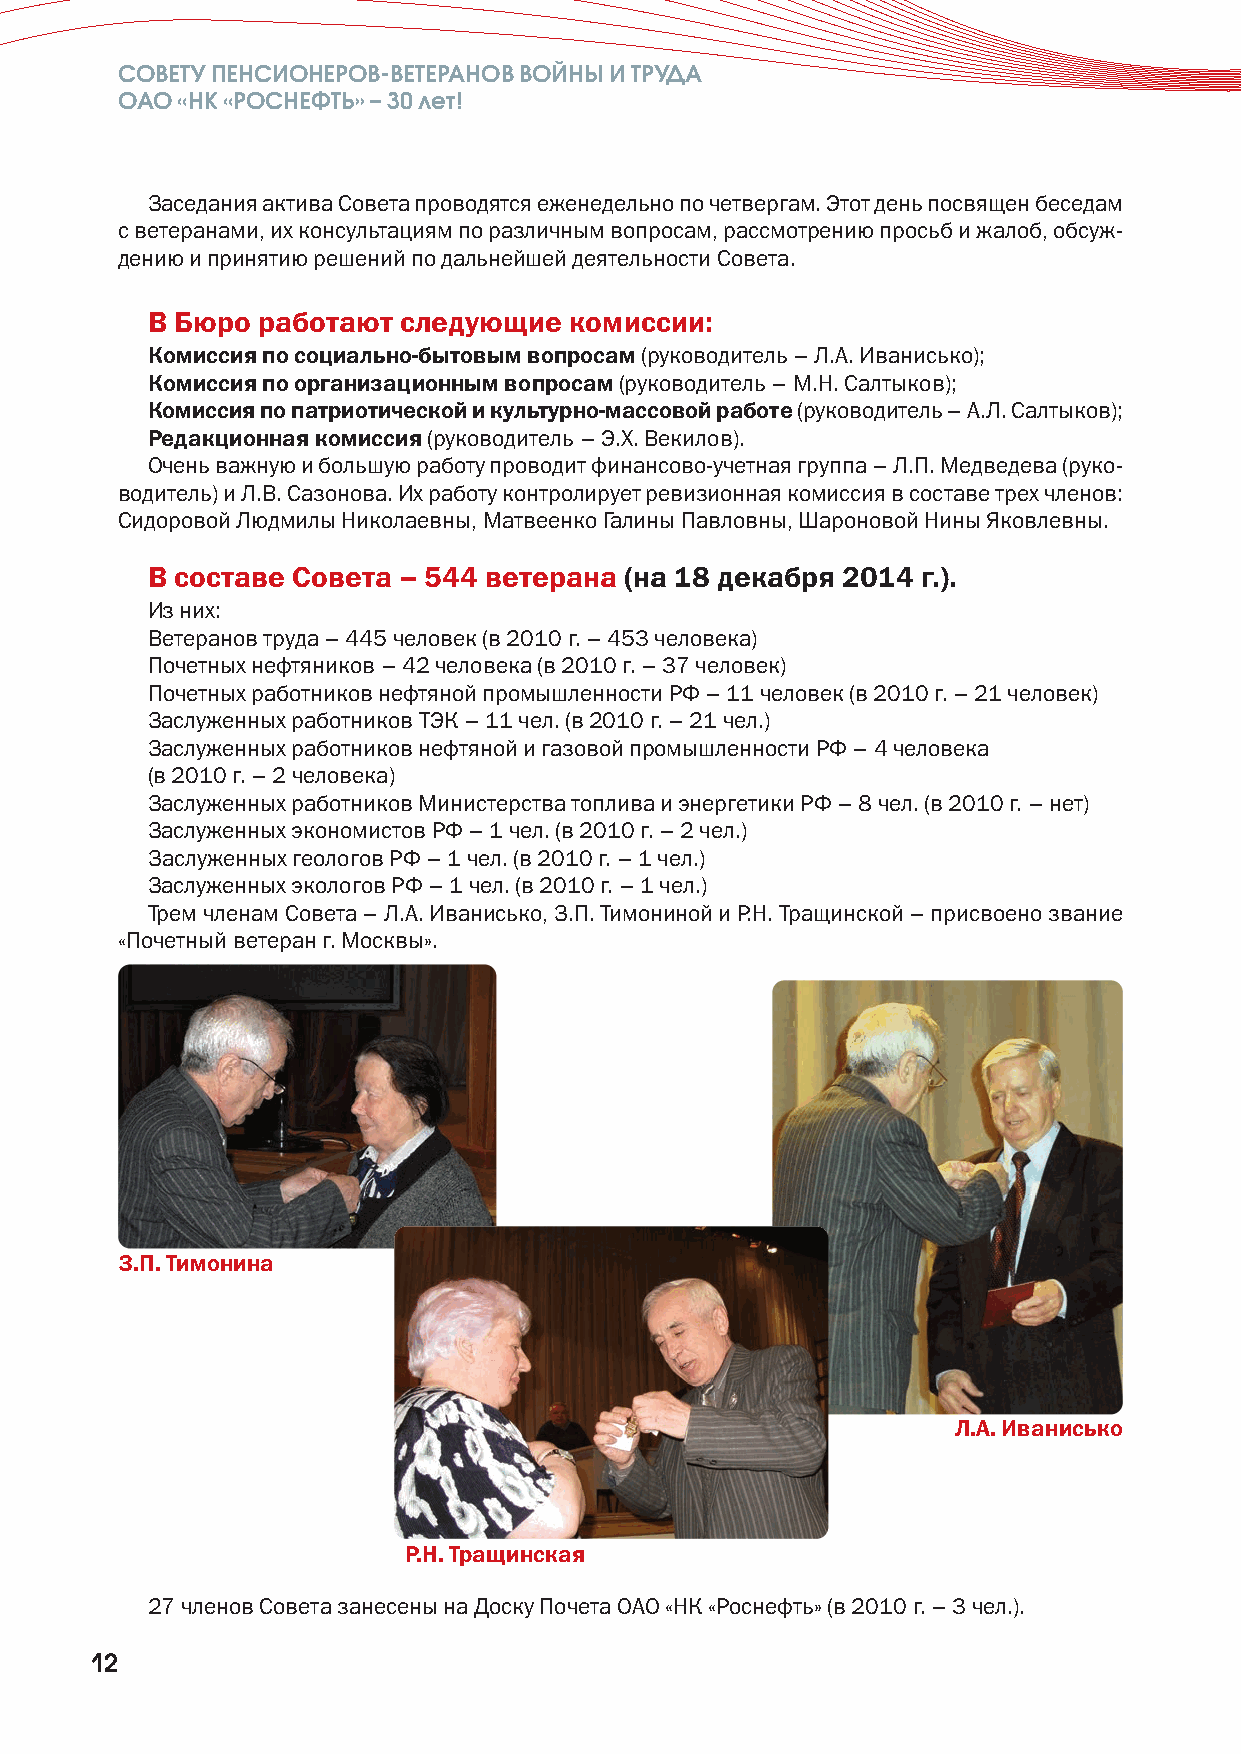
СОВЕТУ ПЕНСИОНЕРОВ-ВЕТЕРАНОВ ВОЙНЫ И ТРУДА
 ОАО «НК «РОСНЕФТЬ» –30 лет!
 Заседания актива Совета проводятся еженедельно по четвергам. Этот день посвящен беседам
 с ветеранами, их консультациям по различным вопросам, рассмотрению просьб и жалоб, обсуж-
 дению и принятию решений по дальнейшей деятельности Совета.
 В Бюро работают следующие   комиссии:
 Комиссия по социально-бытовым вопросам (руководитель – Л.А. Иванисько);
 Комиссия по организационным вопросам (руководитель – М.Н. Салтыков);
 Комиссия по патриотической и культурно-массовой работе (руководитель – А.Л.Салтыков);
 Редакционная комиссия(руководитель – Э.Х. Векилов).
 Очень важную и большую работу проводит финансово-учетная группа – Л.П. Медведева (руко-
 водитель) и Л.В. Сазонова. Их работу контролирует ревизионная комиссия в составе трех членов:
 Сидоровой Людмилы Николаевны, Матвеенко Галины Павловны, Шароновой Нины Яковлевны.
 В составе Совета – 544 ветерана (на 18 декабря 2014 г.).
 Из них:
 Ветеранов труда – 445 человек (в 2010 г. – 453 человека)
 Почетных нефтяников – 42 человека (в 2010 г. – 37 человек)
 Почетных работников нефтяной промышленности РФ – 11 человек (в 2010 г. – 21 человек)
 Заслуженных работников ТЭК – 11 чел. (в 2010 г. – 21 чел.)
 Заслуженных работников нефтяной и газовой промышленности РФ – 4 человека
 (в 2010 г. – 2 человека)
 Заслуженных работников Министерства топлива и энергетики РФ – 8 чел. (в 2010 г. – нет)
 Заслуженных экономистов РФ – 1 чел. (в 2010 г. – 2 чел.)
 Заслуженных геологов РФ – 1 чел. (в 2010 г. – 1 чел.)
 Заслуженных экологов РФ – 1 чел. (в 2010 г. – 1 чел.)
 Трем членам Совета – Л.А. Иванисько, З.П. Тимониной и Р.Н. Тращинской – присвоено звание
 «Почетный ветеран г. Москвы».
 З.П. Тимонина
 Л.А. Иванисько
 Р.Н. Тращинская
 27 членов Совета занесены на Доску Почета ОАО «НК «Роснефть» (в 2010 г. – 3 чел.).
 12